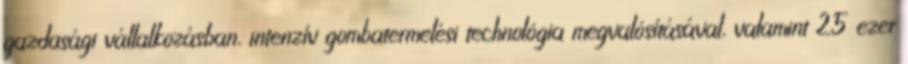
gazdasági vállalkozásban, intenzív gombatermelési technológia megvalósításával, valamint 25 ezer